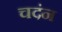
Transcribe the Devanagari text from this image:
चदंन